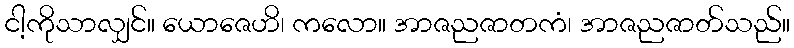
ငါ့ကိုသာလျှင်။ ယောဇေဟိ၊ ကလော။ အာဇညဇာတကံ၊ အာဇညဇာတ်သည်။